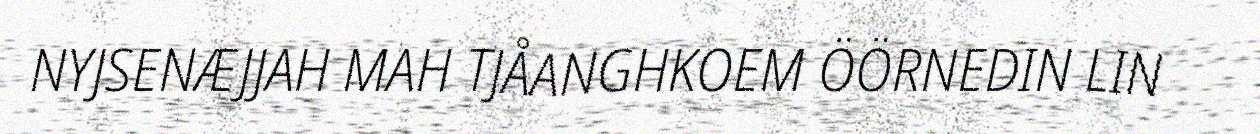
NYJSENÆJJAH MAH TJÅANGHKOEM ÖÖRNEDIN LIN